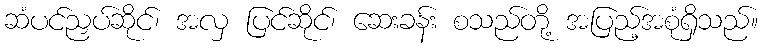
ဆံပင်ညှပ်ဆိုင်၊ အလှ ပြင်ဆိုင်၊ ဆေးခန်း စသည်တို့ အပြည့်အစုံရှိသည်။